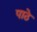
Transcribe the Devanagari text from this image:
पाठे